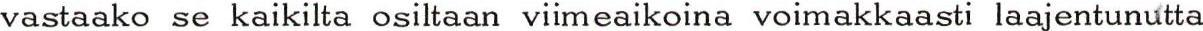
vastaako se kaikilta osiltaan viimeaikoina voimakkaasti laajentunutta